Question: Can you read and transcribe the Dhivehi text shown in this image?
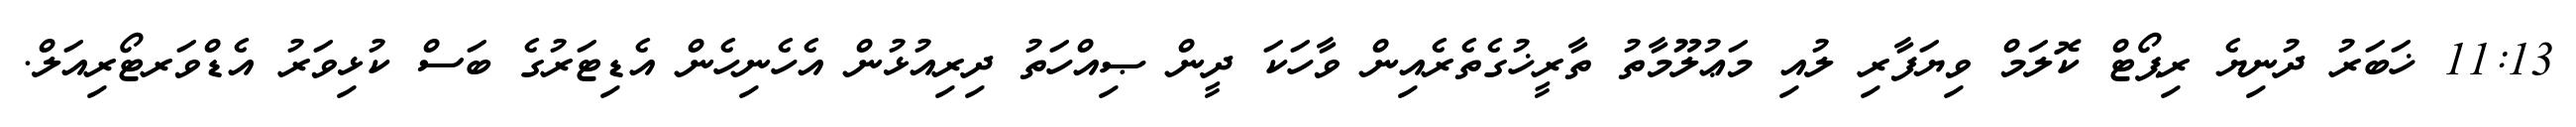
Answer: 11:13 ޚަބަރު ދުނިޔެ ރިޕޯޓް ކޮލަމް ވިޔަފާރި ލުއި މަޢުލޫމާތު ތާރީޚުގެތެރެއިން ވާހަކަ ދީން ޞިއްހަތު ދިރިއުޅުން އެހެނިހެން އެޑިޓަރުގެ ބަސް ކުޅިވަރު އެޑްވަރޓޯރިއަލް.